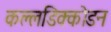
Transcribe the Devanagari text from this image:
कल्लडिक्कोडन